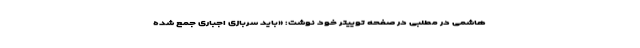
هاشمی در مطلبی در صفحه توییتر خود نوشت: «باید سربازی اجباری جمع شده